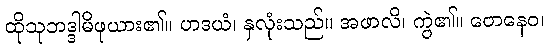
ထိုသုဘဒ္ဒါမိဖုယား၏။ ဟဒယံ၊ နှလုံးသည်။ အဖာလိ၊ ကွဲ၏။ တေနေဝ၊